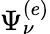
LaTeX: \Psi_{\nu}^{(e)}